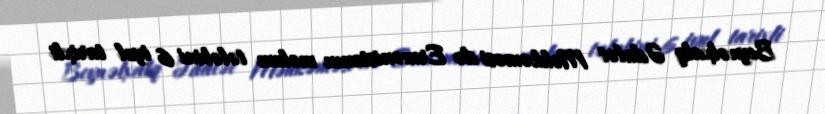
Beynəlxalq Ədalət Məhkəməsi də Ermənistanın məlum tələbini 6 iyul tarixli